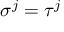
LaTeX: \sigma ^ { j } = \tau ^ { j }